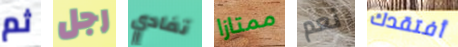
ثم رجل تفادي ممتازا نعم أفتقدك